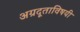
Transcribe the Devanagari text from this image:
अग्रदूताविषयी